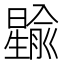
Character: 𪱎